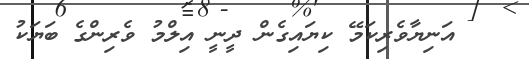
އަނިޔާވެރިކަމޭ ކިޔައިގެން ދީނީ އިލްމު ވެރިންގެ ބަޔަކު